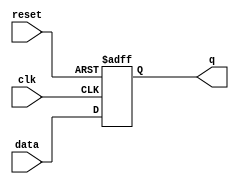
module edge_triggered_latch (
    input wire clk,
    input wire reset,
    input wire data,
    output reg q
);

always @(posedge clk or posedge reset) begin
    if (reset) begin
        q <= 1'b0;
    end else begin
        q <= data;
    end
end

endmodule